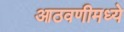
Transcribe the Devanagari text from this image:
आठवणीमध्ये